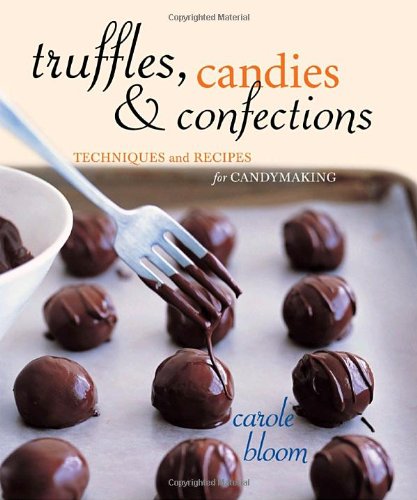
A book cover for Truffles, Candies, and Confections: Techniques and Recipes for Candymaking; Carole Bloom; Cookbooks, Food & Wine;